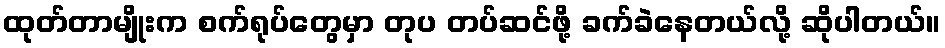
ထုတ်တာမျိုးက စက်ရုပ်တွေမှာ တုပ တပ်ဆင်ဖို့ ခက်ခဲနေတယ်လို့ ဆိုပါတယ်။